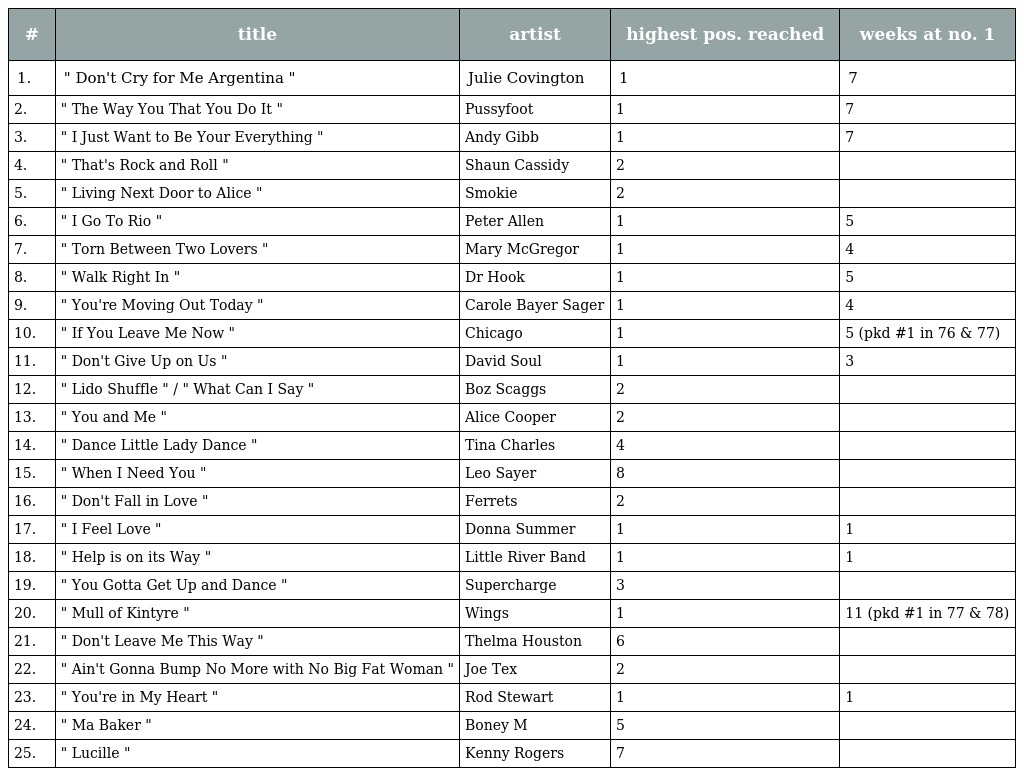
| # | title | artist | highest pos. reached | weeks at no. 1 |
 | --- | --- | --- | --- | --- |
 | 1. | " Don't Cry for Me Argentina " | Julie Covington | 1 | 7 |
 | 2. | " The Way You That You Do It " | Pussyfoot | 1 | 7 |
 | 3. | " I Just Want to Be Your Everything " | Andy Gibb | 1 | 7 |
 | 4. | " That's Rock and Roll " | Shaun Cassidy | 2 |  |
 | 5. | " Living Next Door to Alice " | Smokie | 2 |  |
 | 6. | " I Go To Rio " | Peter Allen | 1 | 5 |
 | 7. | " Torn Between Two Lovers " | Mary McGregor | 1 | 4 |
 | 8. | " Walk Right In " | Dr Hook | 1 | 5 |
 | 9. | " You're Moving Out Today " | Carole Bayer Sager | 1 | 4 |
 | 10. | " If You Leave Me Now " | Chicago | 1 | 5 (pkd #1 in 76 & 77) |
 | 11. | " Don't Give Up on Us " | David Soul | 1 | 3 |
 | 12. | " Lido Shuffle " / " What Can I Say " | Boz Scaggs | 2 |  |
 | 13. | " You and Me " | Alice Cooper | 2 |  |
 | 14. | " Dance Little Lady Dance " | Tina Charles | 4 |  |
 | 15. | " When I Need You " | Leo Sayer | 8 |  |
 | 16. | " Don't Fall in Love " | Ferrets | 2 |  |
 | 17. | " I Feel Love " | Donna Summer | 1 | 1 |
 | 18. | " Help is on its Way " | Little River Band | 1 | 1 |
 | 19. | " You Gotta Get Up and Dance " | Supercharge | 3 |  |
 | 20. | " Mull of Kintyre " | Wings | 1 | 11 (pkd #1 in 77 & 78) |
 | 21. | " Don't Leave Me This Way " | Thelma Houston | 6 |  |
 | 22. | " Ain't Gonna Bump No More with No Big Fat Woman " | Joe Tex | 2 |  |
 | 23. | " You're in My Heart " | Rod Stewart | 1 | 1 |
 | 24. | " Ma Baker " | Boney M | 5 |  |
 | 25. | " Lucille " | Kenny Rogers | 7 |  |